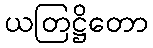
ယတြဋ္ဌိတော